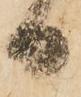
日